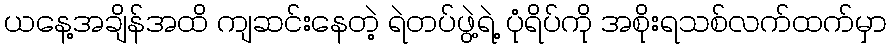
ယနေ့အချိန်အထိ ကျဆင်းနေတဲ့ ရဲတပ်ဖွဲ့ရဲ့ ပုံရိပ်ကို အစိုးရသစ်လက်ထက်မှာ